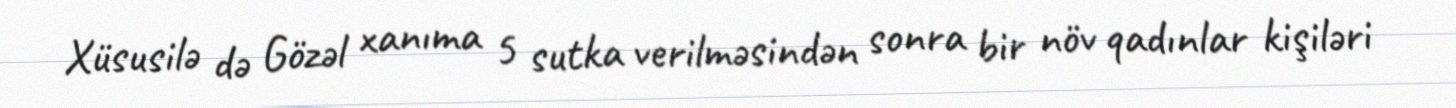
Xüsusilə də Gözəl xanıma 5 sutka verilməsindən sonra bir növ qadınlar kişiləri